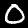
Digit: 0